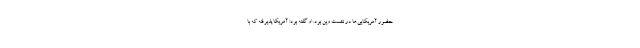
حضور آمریکایی‌ها در نشست وین بود. او گفته بود: آمریکا پذیرفته که با